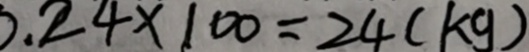
0 . 2 4 \times 1 0 0 = 2 4 ( k g )